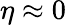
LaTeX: \eta\approx 0